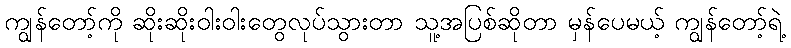
ကျွန်တော့်ကို ဆိုးဆိုးဝါးဝါးတွေလုပ်သွားတာ သူ့အပြစ်ဆိုတာ မှန်ပေမယ့် ကျွန်တော့်ရဲ့